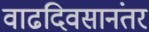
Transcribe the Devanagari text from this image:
वाढदिवसानंतर